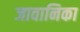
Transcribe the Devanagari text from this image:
जावानिका